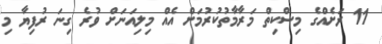
11 ރަށެއްގެ މިސްކިތް މަރާމާތުކުރުމަށް އެއް މިލިއަނަށް ވުރެ ގިނަ ރުފިޔާ މި